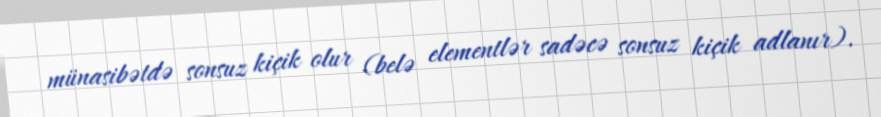
münasibətdə sonsuz kiçik olur (belə elementlər sadəcə sonsuz kiçik adlanır).